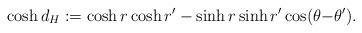
LaTeX: \begin{align*}\cosh d_H := \cosh r\cosh r'- \sinh r\sinh r'\cos( \theta{-}\theta').\end{align*}